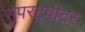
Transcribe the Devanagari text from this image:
सुपरट्वीटर